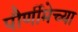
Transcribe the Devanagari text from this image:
पौर्णीमेच्या